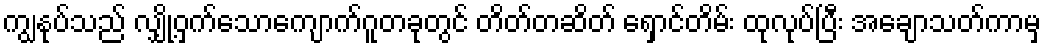
ကျွနုပ်သည် လျှို့ဝှက်သောကျောက်ဂူတခုတွင် တိတ်တဆိတ် ရှောင်တိမ်း ထုလုပ်ပြီး အချောသတ်ကာမှ